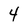
Character: 4